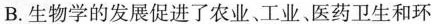
B.生物学的发展促进了农业、工业、医药卫生和环